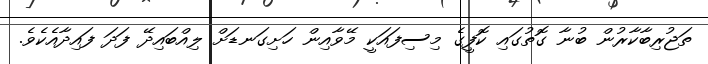
ތަޖުރިބާކާރުން ބުނާ ގޮތުގައި ކޮފީގެ މިސިފައަކީ މޭވާއިން ހަށިގަނޑަށް ލިއްބައިދޭ ފަދަ ފައިދާއެކެވެ.